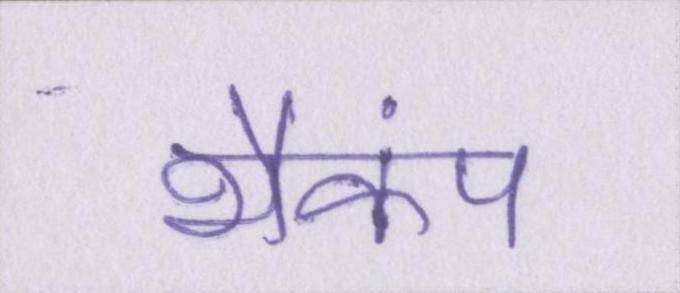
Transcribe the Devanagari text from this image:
भैकंप